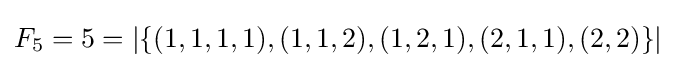
F_{5}=5=|\{(1,1,1,1),(1,1,2),(1,2,1),(2,1,1),(2,2)\}|